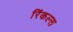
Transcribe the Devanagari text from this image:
रिंकल्स